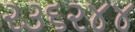
૨૩૬૨૪૪